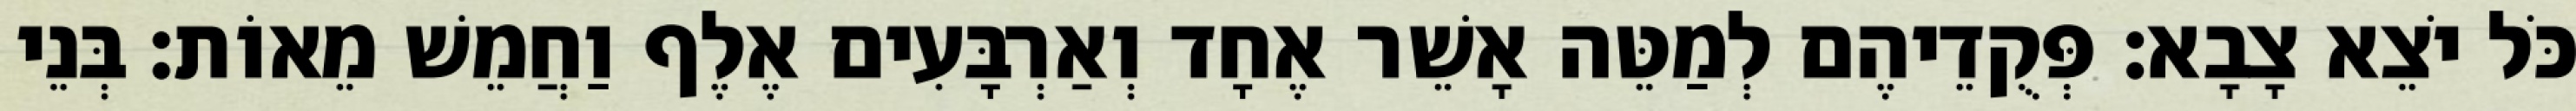
כֹּל יֹצֵא צָבָא׃ פְּקֻדֵיהֶם לְמַטֵּה אָשֵׁר אֶחָד וְאַרְבָּעִים אֶלֶף וַחֲמֵשׁ מֵאוֹת׃ בְּנֵי